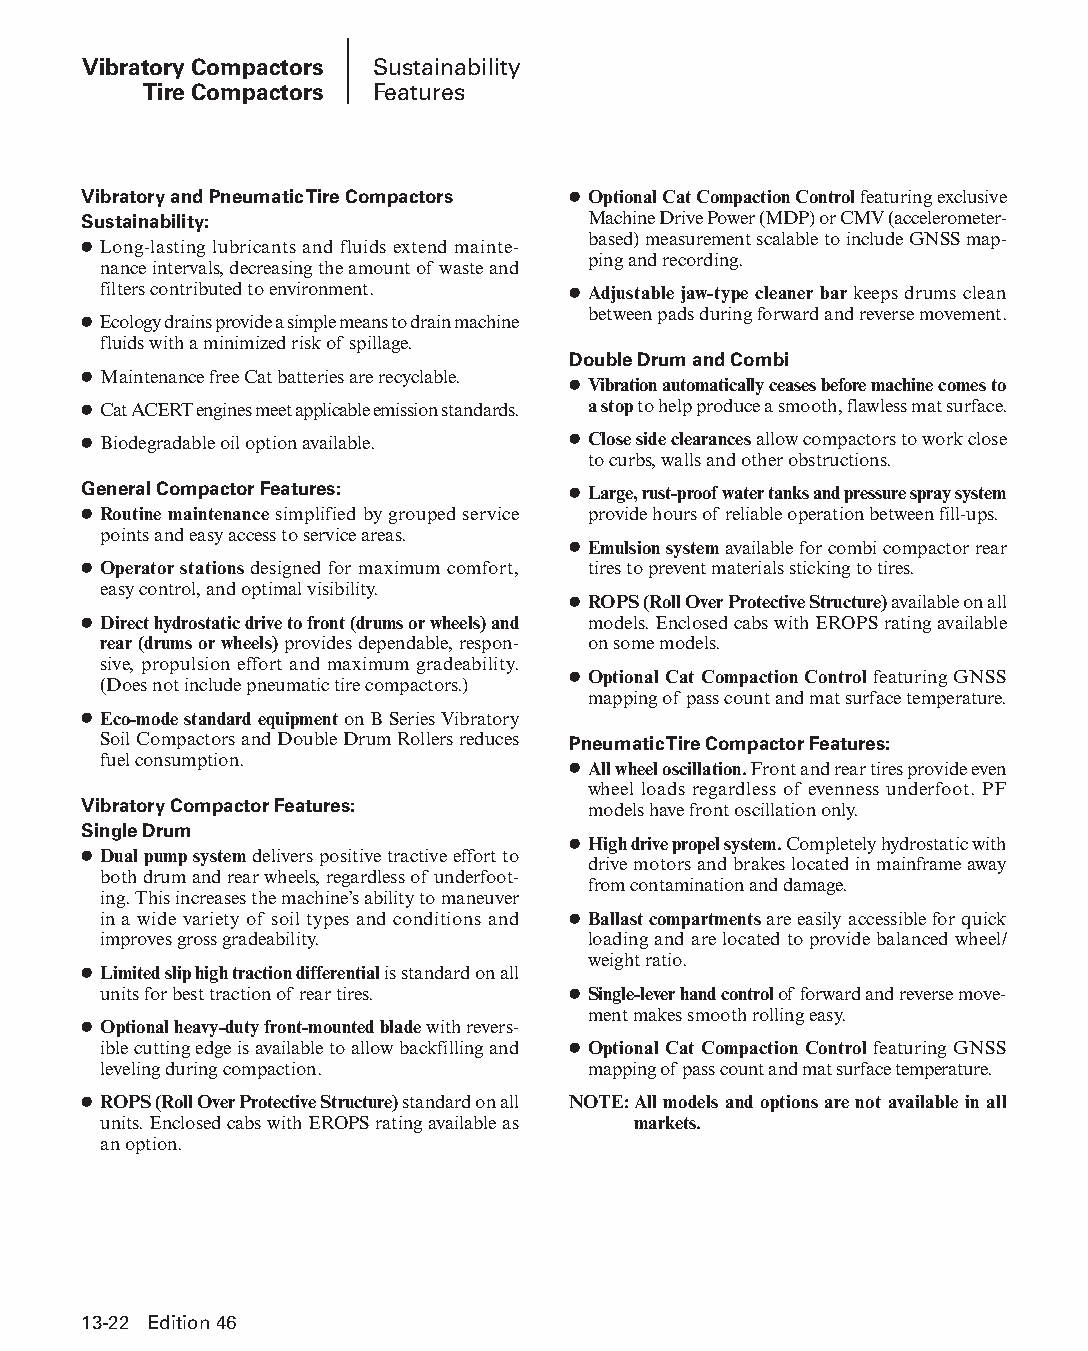
Vibratory Compactors Sustainability
 Tire Compactors Features
 Vibratory and Pneumatic Tire Compactors ● Optional Cat Compaction Control featuring exclusive
 Sustainability:                  Machine Drive Power (MDP) or CMV (accelerometer-
 based) measurement scalable to include GNSS map-
 ● Long-lasting lubricants and fluids extend mainte-
 ping and recording.
 nance intervals, decreasing the amount of waste and
 filters contributed to environment. ● Adjustable jaw-type cleaner bar keeps drums clean
 between pads during forward and reverse movement.
 ● Ecology drains provide a simple means to drain machine
 fluids with a minimized risk of spillage.
 Double Drum and Combi
 ● Maintenance free Cat batteries are recyclable.
 ● Vibration automatically ceases before machine comes to
 ● Cat ACERT engines meet applicable emission standards. a stop to help produce a smooth, flawless mat surface.
 ● Biodegradable oil option available. ● Close side clearances allow compactors to work close
 to curbs, walls and other obstructions.
 General Compactor Features:     ● Large, rust-proof water tanks and pressure spray system
 ● Routine maintenance simplified by grouped service provide hours of reliable operation between fill-ups.
 points and easy access to service areas.
 ● Emulsion system available for combi compactor rear
 ● Operator stations designed for maximum comfort, tires to prevent materials sticking to tires.
 easy control, and optimal visibility.
 ● ROPS (Roll Over Protective Structure) available on all
 ● Direct hydrostatic drive to front (drums or wheels) and models. Enclosed cabs with EROPS rating available
 rear (drums or wheels) provides dependable, respon- on some models.
 sive, propulsion effort and maximum gradeability.
 ● Optional Cat Compaction Control featuring GNSS
 (Does not include pneumatic tire compactors.)
 mapping of pass count and mat surface temperature.
 ● Eco-mode standard equipment on B Series Vibratory
 Soil Compactors and Double Drum Rollers reduces Pneumatic Tire Compactor Features:
 fuel consumption.
 ● All wheel oscillation. Front and rear tires provide even
 wheel loads regardless of evenness underfoot. PF
 Vibratory Compactor Features:    models have front oscillation only.
 Single Drum
 ● High drive propel system. Completely hydrostatic with
 ● Dual pump system delivers positive tractive effort to
 drive motors and brakes located in mainframe away
 both drum and rear wheels, regardless of underfoot-
 from contamination and damage.
 ing. This increases the machine’s ability to maneuver
 in a wide variety of soil types and conditions and ● Ballast compartments are easily accessible for quick
 improves gross gradeability.    loading and are located to provide balanced wheel/
 weight ratio.
 ● Limited slip high traction differential is standard on all
 units for best traction of rear tires. ● Single-lever hand control of forward and reverse move-
 ment makes smooth rolling easy.
 ● Optional heavy-duty front-mounted blade with revers-
 ible cutting edge is available to allow backfilling and ● Optional Cat Compaction Control featuring GNSS
 leveling during compaction.     mapping of pass count and mat surface temperature.
 ● ROPS (Roll Over Protective Structure) standard on all NOTE: All models and options are not available in all
 units. Enclosed cabs with EROPS rating available as markets.
 an option.
 13-22 Edition 46
 PPHHBB--SSeecc1133--1166..iinndddd 2222                        1122//44//1155 1100::4499 AAMM